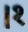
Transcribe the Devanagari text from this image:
।१